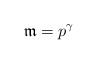
LaTeX: \begin{align*}\mathfrak{m}=p^\gamma\end{align*}